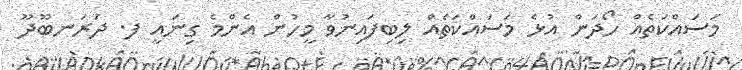
މަސައްކަތެއް ހޯދަން އުޅެ މަސައްކަތެއް ލިބިފައިނުވާ މީހުން އެންމެ ގިނައީ ފ. ދަރަނބޫދޫ